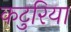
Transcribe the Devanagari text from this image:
कटुरिया